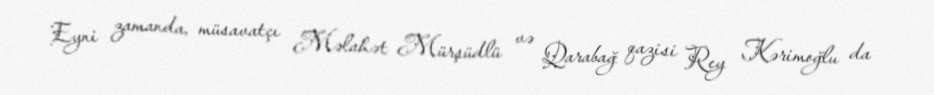
Eyni zamanda, müsavatçı Məlahət Mürşüdlü və Qarabağ qazisi Rey Kərimoğlu da